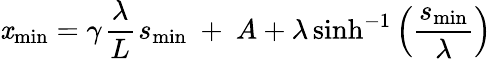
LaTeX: \mathit{x}_{\mathrm{{min}}}=\gamma~\! \frac{{\lambda}}{{L}}~\! s_{\mathrm{{min}}}~+~A+\lambda\sinh^{-1}\left(\frac{{s_{\mathrm{{min}}}}}{{\lambda}}\right)